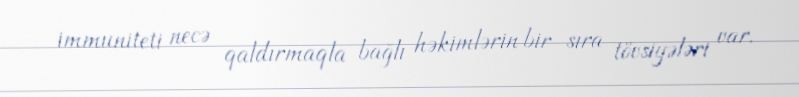
immuniteti necə qaldırmaqla bağlı həkimlərin bir sıra tövsiyələri var.